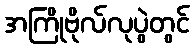
အကြိုဗိုလ်လုပွဲတွင်